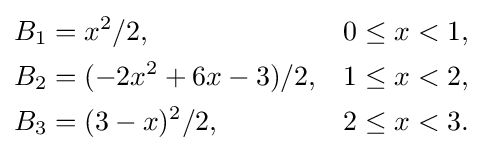
{\begin{aligned}B_{1}&=x^{2}/2,&0&\leq x<1,\\B_{2}&=(-2x^{2}+6x-3)/2,&1&\leq x<2,\\B_{3}&=(3-x)^{2}/2,&2&\leq x<3.\end{aligned}}